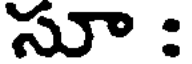
సూ :